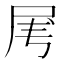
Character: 𡱄